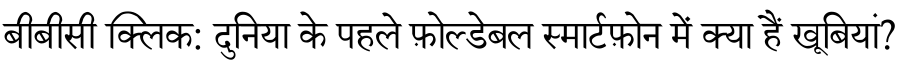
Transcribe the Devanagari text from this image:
बीबीसी क्लिक: दुनिया के पहले फ़ोल्डेबल स्मार्टफ़ोन में क्या हैं खूबियां?